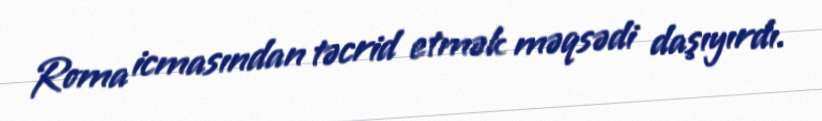
Roma icmasından təcrid etmək məqsədi daşıyırdı.